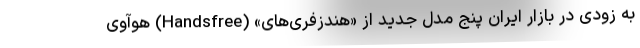
به زودی در بازار ایران پنج مدل جدید از «هندزفری‌های» (Handsfree) هوآوی